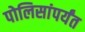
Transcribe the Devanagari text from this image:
पोलिसांपर्यंत